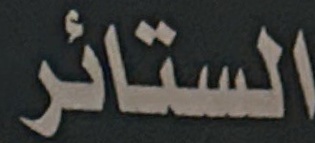
الستائر